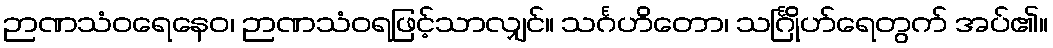
ဉာဏသံဝရေနေဝ၊ ဉာဏသံဝရဖြင့်သာလျှင်။ သင်္ဂဟိတော၊ သင်္ဂြိုဟ်ရေတွက် အပ်၏။